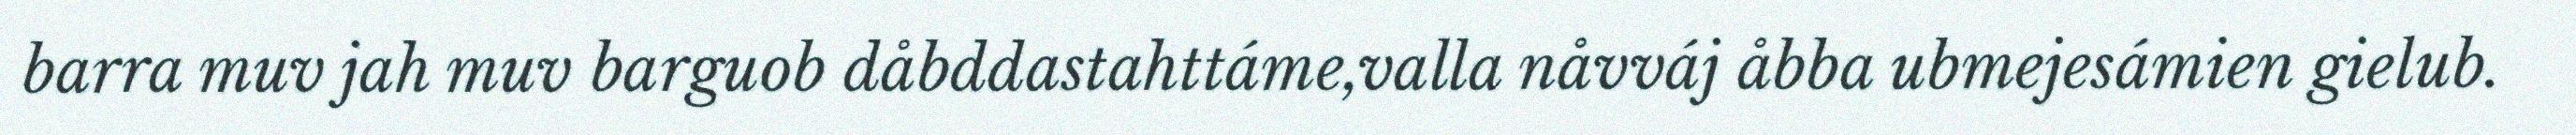
barra muv jah muv barguob dåbddastahttáme,valla nåvváj åbba ubmejesámien gielub.